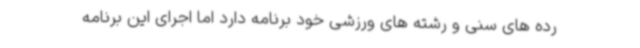
رده های سنی و رشته های ورزشی خود برنامه دارد اما اجرای این برنامه